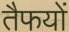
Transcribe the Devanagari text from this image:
तैफयों